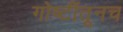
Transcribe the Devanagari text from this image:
गोष्टींतूनच